Civil Veterinary Dept. Bombay admin report 1932-41 - 1932-1941
Year: 1932
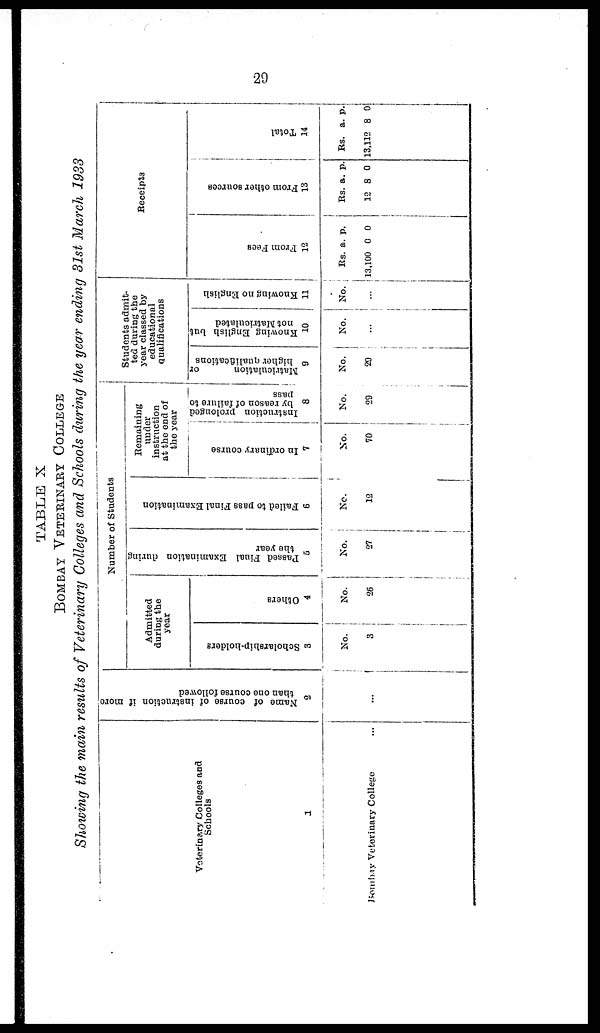
29
TABLE X
BOMBAY VETERINARY COLLEGE
Showing the main results of Veterinary Colleges and Schools during the year ending 31st March 1933
Veterinary Colleges and
Schools
1
Bombay Veterinary College ...
Name of course of instruction if more
than one course followed
2
…
Number of Students
Admitted
during the
year
Scholarship-holders
3
No.
3
Others
4
No.
26
Passed Final Examination during
the year
5
No.
27
Failed to pass Final Examination
6
No.
12
Remaining
under
instruction
at the end of
the year
In ordinary course
7
No.
70
Instruction prolonged
by reason of failure to
pass
8
No.
29
Students admit-
ted during the
year classed by
educational
qualifications
Matriculation
or
higher qualifications
9
No.
20
Knowing English but
not Matriculated
10
No.
…
Knowing no English
11
No.
…
Receipt.
From Fees
12
Rs.
13,100
a.
0
p.
0
Fr om ot he r s our c e s
13
Rs.
12
a.
8
p.
0
Tot al
14
Rs.
13,112
a.
8
p.
0